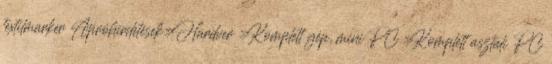
textilmarker Apróhirdetések»Hardver »Komplett gép, mini PC »Komplett asztali PC